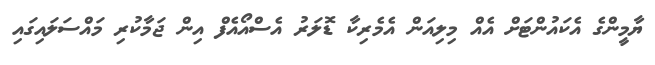
ޔާމީންގެ އެކައުންޓަށް އެއް މިލިއަން އެމެރިކާ ޑޮލަރު އެސްއޯއެފް އިން ޖަމާކުރި މައްސަލައިގައި